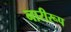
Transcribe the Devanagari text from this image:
नारीरूप